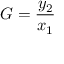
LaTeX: G = { \frac { y _ { 2 } } { x _ { 1 } } }